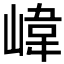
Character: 𡺨